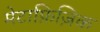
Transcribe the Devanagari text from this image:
मेटाफ़िज़िक